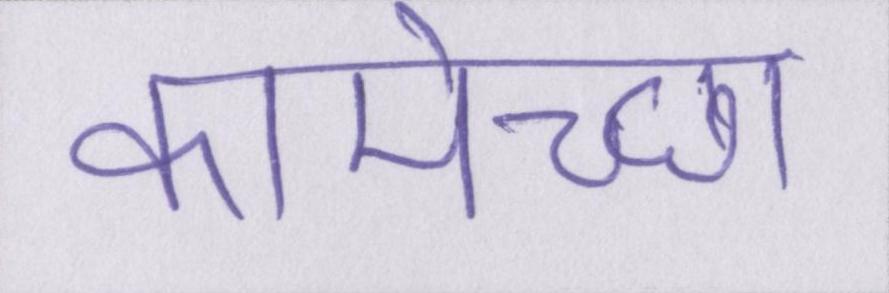
कामेच्छा